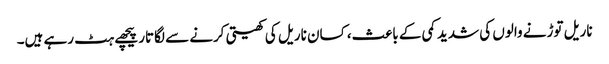
ناریل توڑنے والوں کی شدید کمی کے باعث، کسان ناریل کی کھیتی کرنے سے لگاتار پیچھے ہٹ رہے ہیں۔